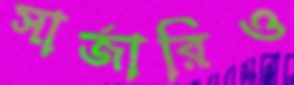
সার্জারিও